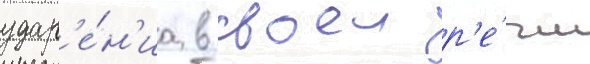
удар'е́н'иа в своеи р'е́чи